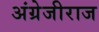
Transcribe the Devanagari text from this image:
अंग्रेजीराज